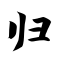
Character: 归